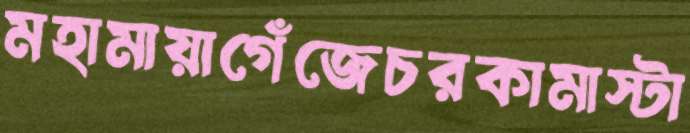
মহামায়াগেঁজেচরকামাস্টা